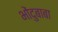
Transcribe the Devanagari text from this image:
भोंदुबाबा